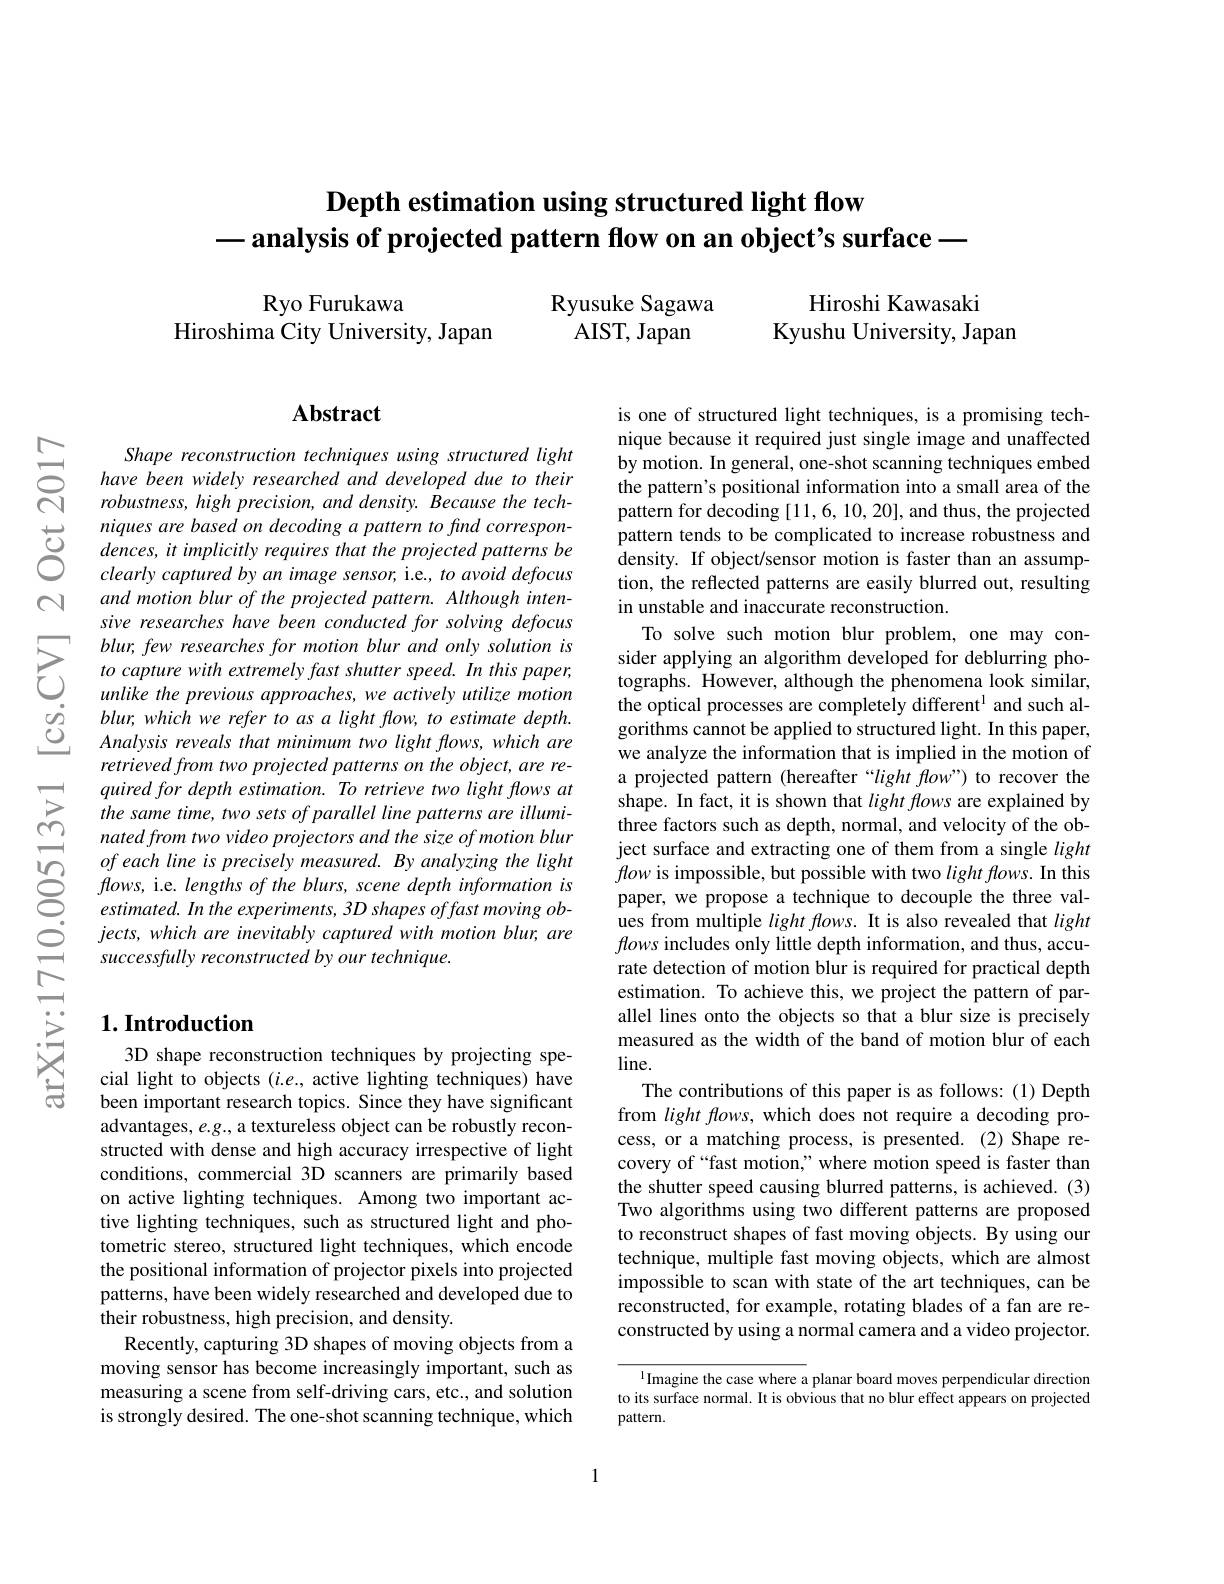
$ਨਨੇ$

## Depth estimation using structured light flow $- \textbf{analysis of projected pattern flow on an object' s surface — }$

Ryusuke Sagawa
AIST, Japan

Hiroshi Kawasaki
Kyushu University, Japan

Ryo Furukawa
Hiroshima City University, Japan

## $\mathbf{Abstract}$

Shape reconstruction techniques using structured light have been widely researched and developed due to their robustness, high precision, and density. Because the tech-
$\begin{array}{lll}\text{ niques are based on decoding a pattern to find correspon-}\\\text{ C'}&\text{ dences, it implicitly requires that the projected patterns be}\\\text{ clearly captured by an image sensor, i.e., to avoid defocus}\end{array}$
and motion blur of the projected pattern. Although intensive researches have been conducted for solving defocus blur, few researches for motion blur and only solution is to capture with extremely fast shutter speed. In this paper, unlike the previous approaches, we actively utilize motion blur, which we refer to as a light flow, to estimate depth. Analysis reveals that minimum two light flows, which are retrieved from two projected patterns on the object, are requiredfor depth estimation. To retrieve two light flows at the same time, two sets of parallel line patterns are illuminated from two video projectors and the size of motion blur of each line is precisely measured. By analyzing the light $flows$, i.e. lengths of the blurs, scene depth information is estimated. In the experiments, 3D shapes offast moving ob- $jects,whichare$ inevitably captured with motion blur, are successfully reconstructed by our technique.

is one of structured light techniques, is a promising technique because it required just single image and unaffected by motion. In general, one-shot scanning techniques embed the pattern's positional information into a small area of the pattern for decoding [11,6,10,20],and thus, the projected pattern tends to be complicated to increase robustness and density. If object/sensor motion is faster than an assumption, the reflected patterns are easily blurred out, resulting in unstable and inaccurate reconstruction.
To solve such motion blur problem, one may consider applying an algorithm developed for deblurring photographs. However, although the phenomena look similar, the optical processes are completely different$^{\mathrm{l}}$ and such algorithms cannot be applied to structured light. In this paper, we analyze the information that is implied in the motion of a projected pattern (hereafter“light flow”) to recover the shape. In fact, it is shown that $light\textit{flows are explained by}$ three factors such as depth, normal, and velocity of the object surface and extracting one of them from a single light flow is impossible, but possible with two $light\textit{flows. In this}$ paper, we propose a technique to decouple the three values from multiple $lightflows.$ It is also revealed that light flows includes only little depth information, and thus, accurate detection of motion blur is required for practical depth estimation. To achieve this, we project the pattern of parallel lines onto the objects so that a blur size is precisely measured as the width of the band of motion blur of each $line.$
The contributions of this paper is as follows: (1) Depth from light flows, which does not require a decoding process, or a matching process, is presented. (2) Shape recovery of“fast motion,”where motion speed is faster than the shutter speed causing blurred patterns, is achieved. (3) Two algorithms using two different patterns are proposed to reconstruct shapes of fast moving objects. By using our technique, multiple fast moving objects, which are almost impossible to scan with state of the art techniques, can be reconstructed, for example, rotating blades of a fan are reconstructed by using a normal camera and a video projector. $^{1}$Imagine the case where a planar board moves perpendicular direction

## $1. \textbf{Introduction}$

3D shape reconstruction techniques by projecting special light to objects $(i.e.$, active lighting techniques) have been important research topics. Since they have significant advantages, e.g., a textureless object can be robustly reconstructed with dense and high accuracy irrespective of light conditions, commercial 3D scanners are primarily based on active lighting techniques. Among two important active lighting techniques, such as structured light and photometric stereo, structured light techniques, which encode the positional information of projector pixels into projected patterns, have been widely researched and developed due to their robustness, high precision, and density.
Recently, capturing 3D shapes of moving objects from a moving sensor has become increasingly important, such as measuring a scene from self-driving cars, etc., and solution is strongly desired. The one-shot scanning technique, which

to its surface normal. It is obvious that no blur effect appears on projected
pattern.

1